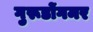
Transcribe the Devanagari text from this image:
गुरूडोंगमर